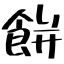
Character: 餅